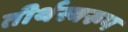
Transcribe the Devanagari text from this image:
तीर्थस्वरूप